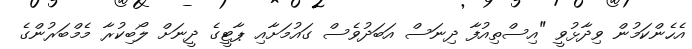
އެހެންކަމުން ވިދާޅުވީ "އިސްތިއުފާ ދިނަސް އަބަދުވެސް ގައުމަށާއި ޕާޓީގެ ދީނަށް ލޯބިކުރާ މެމްބަރުންގެ